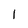
Character: 1